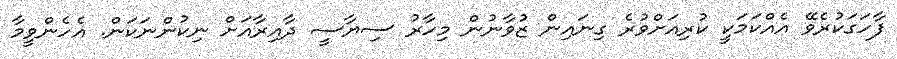
ފާހަގަކުރެވޭ އެއްކަމަކީ ކުރިއަށްވުރެ ގިނައިން ޒުވާނުން މިހާރު ސިޔާސީ ދާއިރާއަށް ނިކުންނަކަން. އެހެންވީމާ